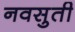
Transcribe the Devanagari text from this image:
नवसुती